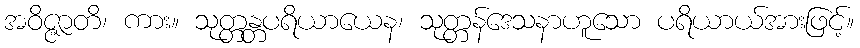
အဝိဇ္ဇာတိ၊ ကား။ သုတ္တန္တပရိယာယေန၊ သုတ္တန်ဒေသနာဟူသော ပရိယာယ်အားဖြင့်။